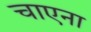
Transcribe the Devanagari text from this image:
चाएना